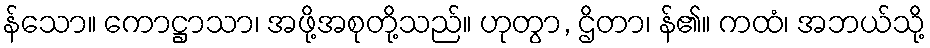
န်သော။ ကောဋ္ဌာသာ၊ အဖို့အစုတို့သည်။ ဟုတွာ, ဌိတာ၊ န်၏။ ကထံ၊ အဘယ်သို့